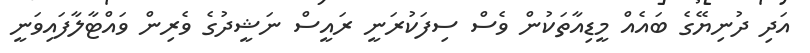
އަދި ދުނިޔޭގެ ބައެއް މީޑިއާތަކުން ވެސް ސިފަކުރަނީ ރައީސް ނަޝީދުގެ ވެރިން ވައްޓާލާފައިވަނީ